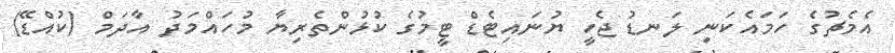
އެމެޗުގެ ހަމައެކަނި ލަނޑު ޖެހީ ޔުނައިޓެޑް ޓީމުގެ ކުޅުންތެރިޔާ މުހައްމަދު އާދަމް (ކުއްޑޭ)